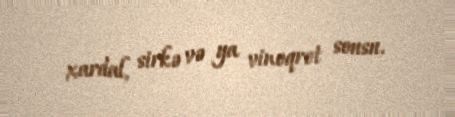
xardal, sirkə və ya vineqret sousu.